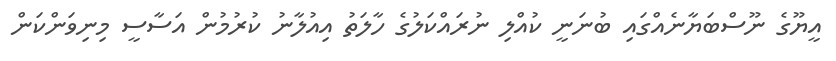
އީޔޫގެ ނޫސްބަޔާނެއްގައި ބުނަނީ ކުއްލި ނުރައްކަލުގެ ހާލަތު އިއުލާނު ކުރުމުން އަސާސީ މިނިވަންކަން